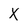
Character: X